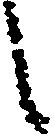
之